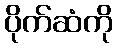
ပိုက်ဆံကို